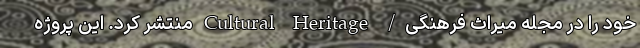
خود را در مجله میراث فرهنگی/ Cultural Heritage منتشر کرد. این پروژه